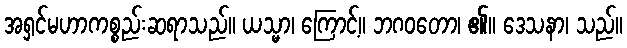
အရှင်မဟာကစ္စည်းဆရာသည်။ ယသ္မာ၊ ကြောင့်။ ဘဂဝတော၊ ၏။ ဒေသနာ၊ သည်။